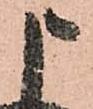
申